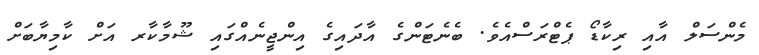
މެންސަލް އާއި ރިކާޑޯ ޕެޓްރަސްއެވެ. ބެނެޓަންގެ އާދައިގެ އިންޖީނެއްގައި ޝޫމާކާރ އަށް ކާމިޔާބަށް